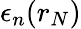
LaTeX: \epsilon_{n}(r_{N})